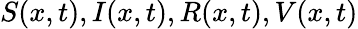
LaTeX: S(x,t),I(x,t),R(x,t),V(x,t)